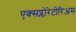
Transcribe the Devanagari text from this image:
एक्सप्लोरेटोरिअम